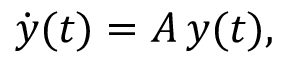
\dot { \boldsymbol { y } } ( t ) = \boldsymbol { A } \, \boldsymbol { y } ( t ) ,